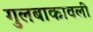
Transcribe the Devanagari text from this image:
गुलबाकावली